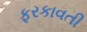
ફરકાવતી